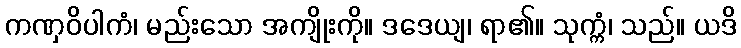
ကဏှဝိပါကံ၊ မည်းသော အကျိုးကို။ ဒဒေယျ၊ ရာ၏။ သုက္ကံ၊ သည်။ ယဒိ